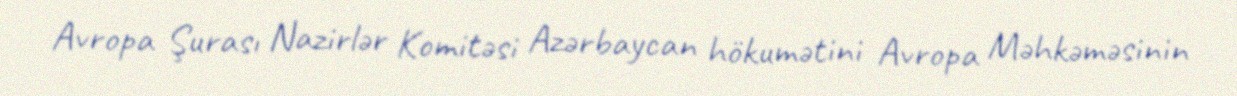
Avropa Şurası Nazirlər Komitəsi Azərbaycan hökumətini Avropa Məhkəməsinin